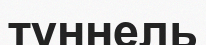
туннель